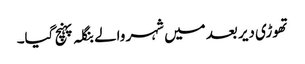
تھوڑی دیر بعد میں شہر والے بنگلہ پہنچ گیا۔